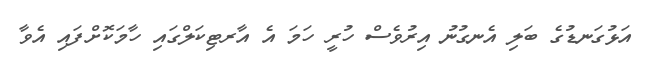
އަޅުގަނޑުގެ ބަލި އެނގުނު އިރުވެސް ހުރީ ހަމަ އެ އާރޓިކަލްގައި ހާމަކޮށްފައި އެވާ